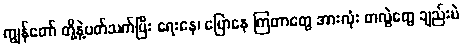
ကျွန်တော် တို့နဲ့ပတ်သက်ပြီး ရေးနေ၊ ပြောနေ ကြတာတွေ အားလုံး တလွဲတွေ ချည်းပဲ